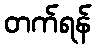
တက်ရန်